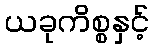
ယခုကိစ္စနှင့်